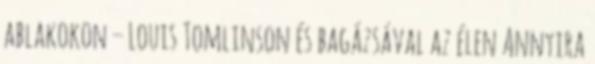
ablakokon – Louis Tomlinson és bagázsával az élen Annyira